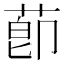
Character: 莭